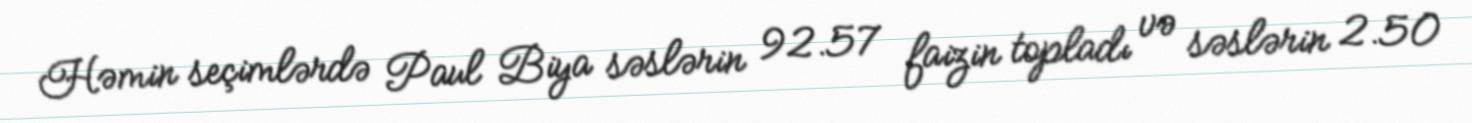
Həmin seçimlərdə Paul Biya səslərin 92.57 faizin topladı və səslərin 2.50